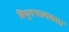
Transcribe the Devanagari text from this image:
विद्युतचालकता